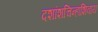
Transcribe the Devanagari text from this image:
दशांशचिन्हाशिवाय